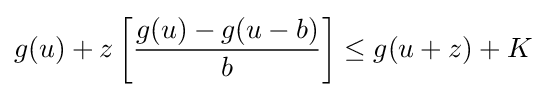
g(u)+z\left[{\frac {g(u)-g(u-b)}{b}}\right]\leq g(u+z)+K